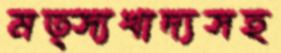
মত্স্যখাদ্যসহ